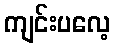
ကျင်းပလေ့